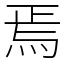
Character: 焉